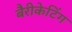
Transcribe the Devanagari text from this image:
बैरीकेटिंग